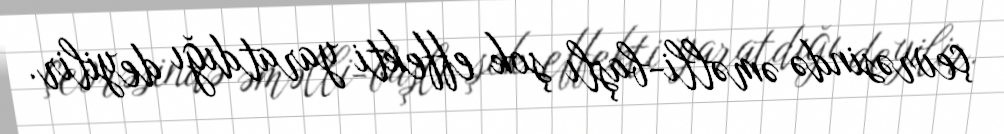
çevrəsində əməlli-başlı şok effekti yaratdığı deyilir.